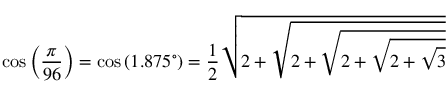
\cos \left( { \frac { \pi } { 9 6 } } \right) = \cos \left( 1 . 8 7 5 ^ { \circ } \right) = { \frac { 1 } { 2 } } { \sqrt { 2 + { \sqrt { 2 + { \sqrt { 2 + { \sqrt { 2 + { \sqrt { 3 } } } } } } } } } }